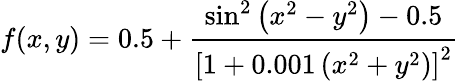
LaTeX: f(x,y)=0.5+{\frac{\sin^{2}\left(x^{2}-y^{2}\right)-0.5}{\left[1+0.001\left(x^{2}+y^{2}\right)\right]^{2}}}